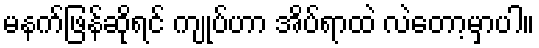
မနက်ဖြန်ဆိုရင် ကျုပ်ဟာ အိပ်ရာထဲ လဲတော့မှာပါ။